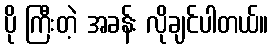
ပို ကြီးတဲ့ အခန်း လိုချင်ပါတယ်။